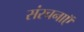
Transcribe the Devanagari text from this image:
संरचनाऍ